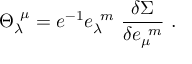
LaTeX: { \Theta } _ { \lambda } ^ { ~ \mu } = e ^ { - 1 } e _ { \lambda } ^ { ~ m } ~ \frac { \delta \Sigma } { \delta e _ { \mu } ^ { ~ m } } \, \, .